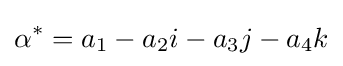
\alpha ^{*}=a_{1}-a_{2}i-a_{3}j-a_{4}k